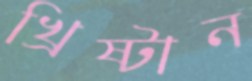
খ্রিষ্টান